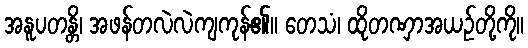
အနူပတန္တိ၊ အဖန်တလဲလဲကျကုန်၏။ တေသံ၊ ထိုတဏှာအယဉ်တို့ကို။